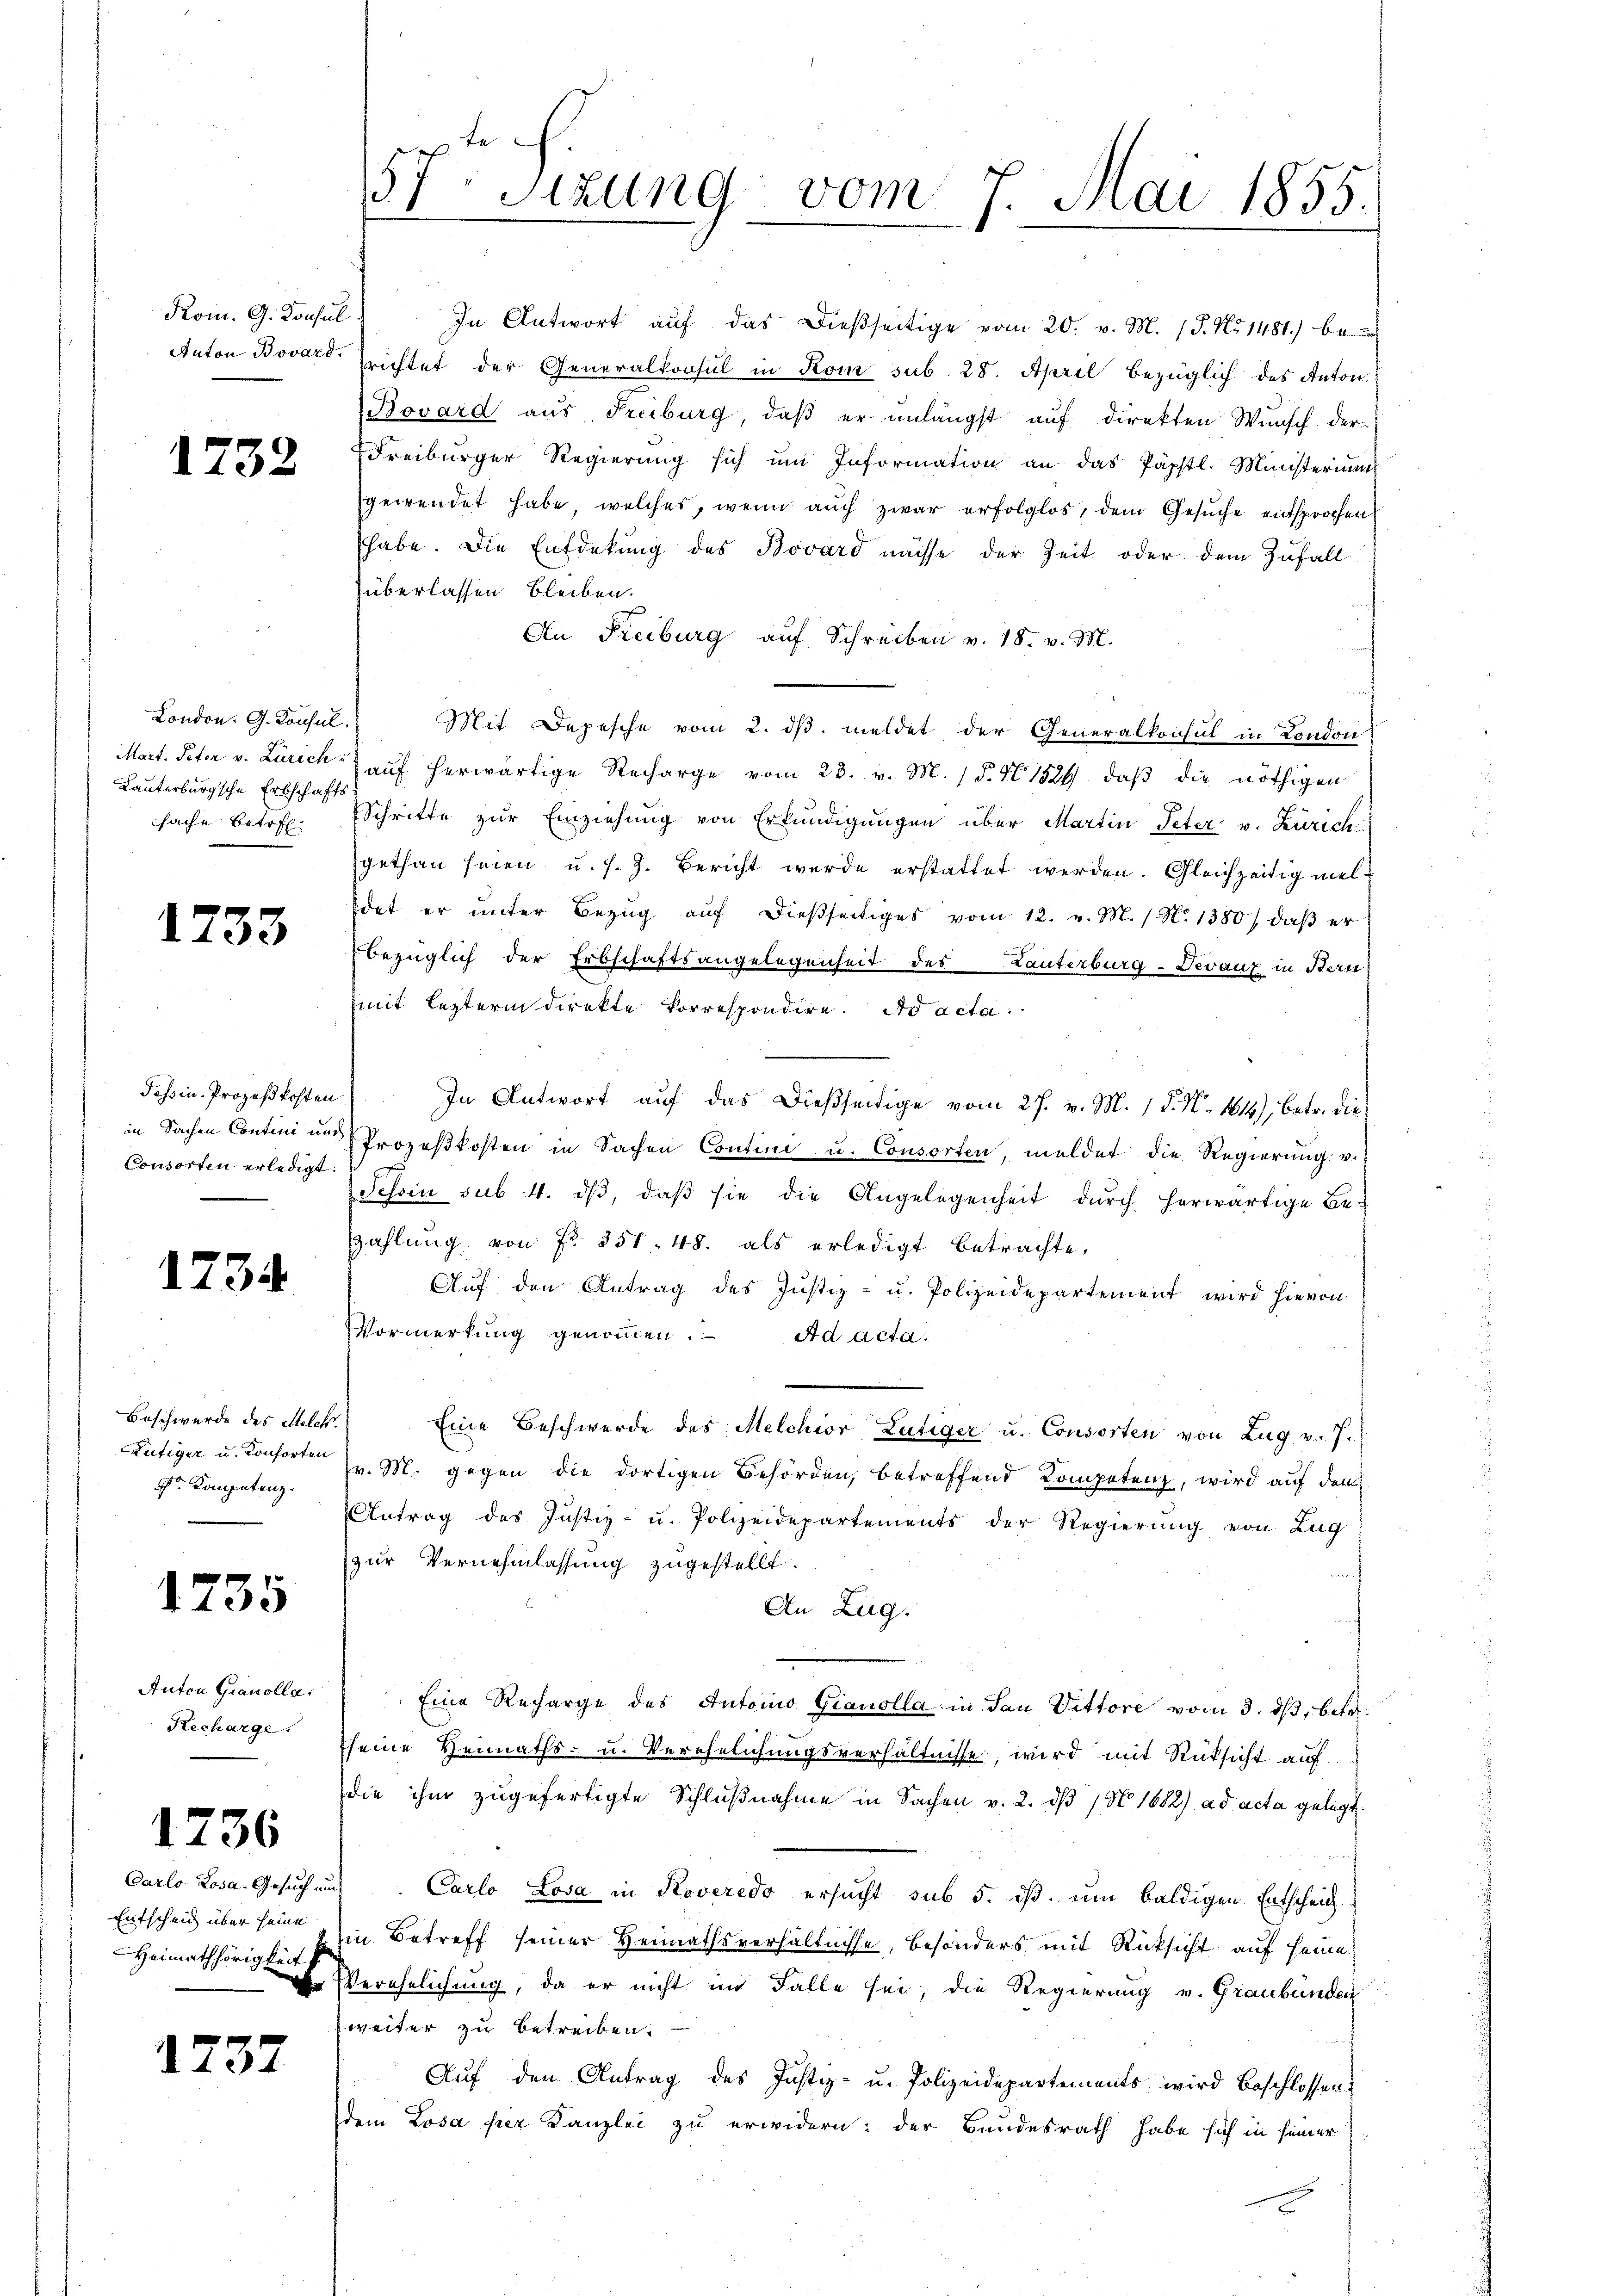
Kom. G. Konsul

London. G. Konsul,
Mart. Peter v. Zürich
Lauterburgsche Erbschaftssache betreff

1735

1732

1733

Tessin. Prozeßkosten
in Sachen Contini und
Consorten erledigt.

1734

Beschwerde des Melch.
Lütiger u. Konsorten
. Kompetenz.

Anton Granolla
Recharge.

1736

Carlo Losa Gesuch um
Entscheid über seine
Heimathörigkeit
.

1232

57. Sizung vom 7. Mai 1855.

In Antwort aŭf das dießseitige vom 20. v. M. (T. No 1481) be
Anton Bovard richtet der Generalkonsul in Rom sub. 28. April bezüglich des Anton¬
Bovard aus Freiburg, daß er unlängst auf direkten Wunsch der
dreiburger Regierŭng sich ŭm Information an das Päpstl. Ministerium
gewendet habe, welches, wenn aŭch zwar erfolglos, dem Gesŭche entsprochen
habe. Die Entdekung des Bovard müsse der Zeit oder dem Zufall
überlassen bleiben.
An Freiburg auf Schreiben v. 18. v. M.

Mit Depesche vom 2. ds. meldet der Generalkonsul in London
auf herwärtige Recharge vom 23. v. M. (§. N 1824 daβ die nöthigen
Schritte zŭr Einziehŭng von Erkŭndigŭngen über Martin Peter v. Zürich
gethan seien u. s. Z. Bericht wurde erstattet werden. Gleichzeitig mel¬
Edet er unter Bezug auf dießseitiges vom 12. v. M. / N. 1380), daß er
bezüglich der Erbschaftsangelegenheit des Tanterburg-Devaux in Bern
mit lezterm Direkte korrespondire. Ad acta.
In Antwort auf das dießseitige vom 27. v. M. 1 P. N. 1614), betr. die
Prozeßkosten in Sachen Contini u. Consorten, meldet die Regierung v.
Schon sub. 4. dβ, daβ sie die Angelegenheit durch herwärtige Be¬
Zzahlŭng von Fr. 351. 48. als erledigt betrachte,
Aŭf den Antrag des Justiz- u. Polizeidepartement wird hievon
Vormerkung genoṁen. Ad acta.
Eine Beschwerde des Melchior Lutiger u. Consorten von Zug v. J.
v. M. gegen die dortigen Behörden, betreffend Kompetenz, wird auf dem
Antrag des Justiz- u. Polizeidepartements der Regierung von Zug
zur Vernehmlassung zugestellt.
An Zug.
Eine Recharge des Antoino Gianolla in San Vittore vom 3. dβ, betr.
seine Heimaths- u. Verehelichungsverhältnisse, wird mit Rücksicht auf
die ihm zugefertigte Schlŭβnahme in Sachen v. 2. dβ / N 1682) ad acta gelegt.
Carlo Losa in Koveredo ersucht sub 5. dß. um baldigen Entscheich
in Betreff seiner Heimathsverhältnisse, besonders mit Rücksicht auf seine
Verehelichung, da er nicht im Falle sei, die Regierung v. Graubünden
weiter zu betreiben.
Aŭf den Antrag des Justiz- u. Polizeidepartements wird beschlossen.
dem Losa per Kanzlei zu erwidern: der Bundesrath habe sich in seiner